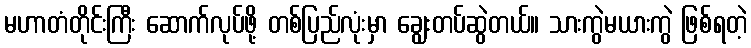
မဟာတံတိုင်းကြီး ဆောက်လုပ်ဖို့ တစ်ပြည်လုံးမှာ ချွေးတပ်ဆွဲတယ်။ သားကွဲမယားကွဲ ဖြစ်ရတဲ့